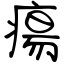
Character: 瘍